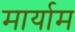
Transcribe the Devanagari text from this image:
मार्याम